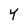
Character: Y